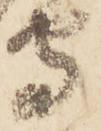
守